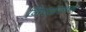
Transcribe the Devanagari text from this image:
निष्फ़लन